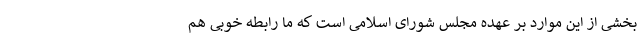
بخشی از این موارد بر عهده مجلس شورای اسلامی است که ما رابطه خوبی هم